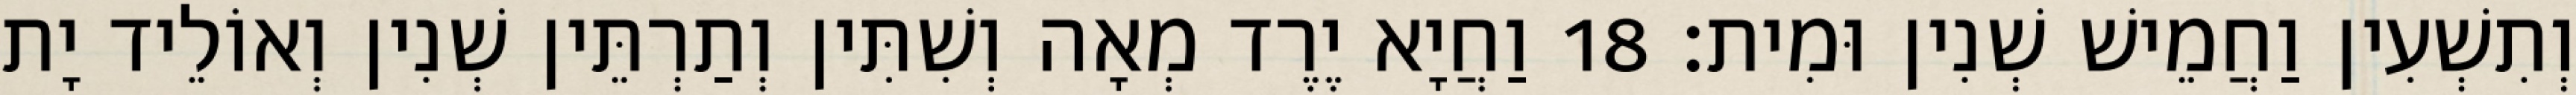
וְתִשְׁעִין וַחֲמֵישׁ שְׁנִין וּמִית׃ 18 וַחֲיָא יֶרֶד מְאָה וְשִׁתִּין וְתַרְתֵּין שְׁנִין וְאוֹלֵיד יָת